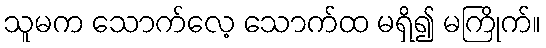
သူမက သောက်လေ့ သောက်ထ မရှိ၍ မကြိုက်။